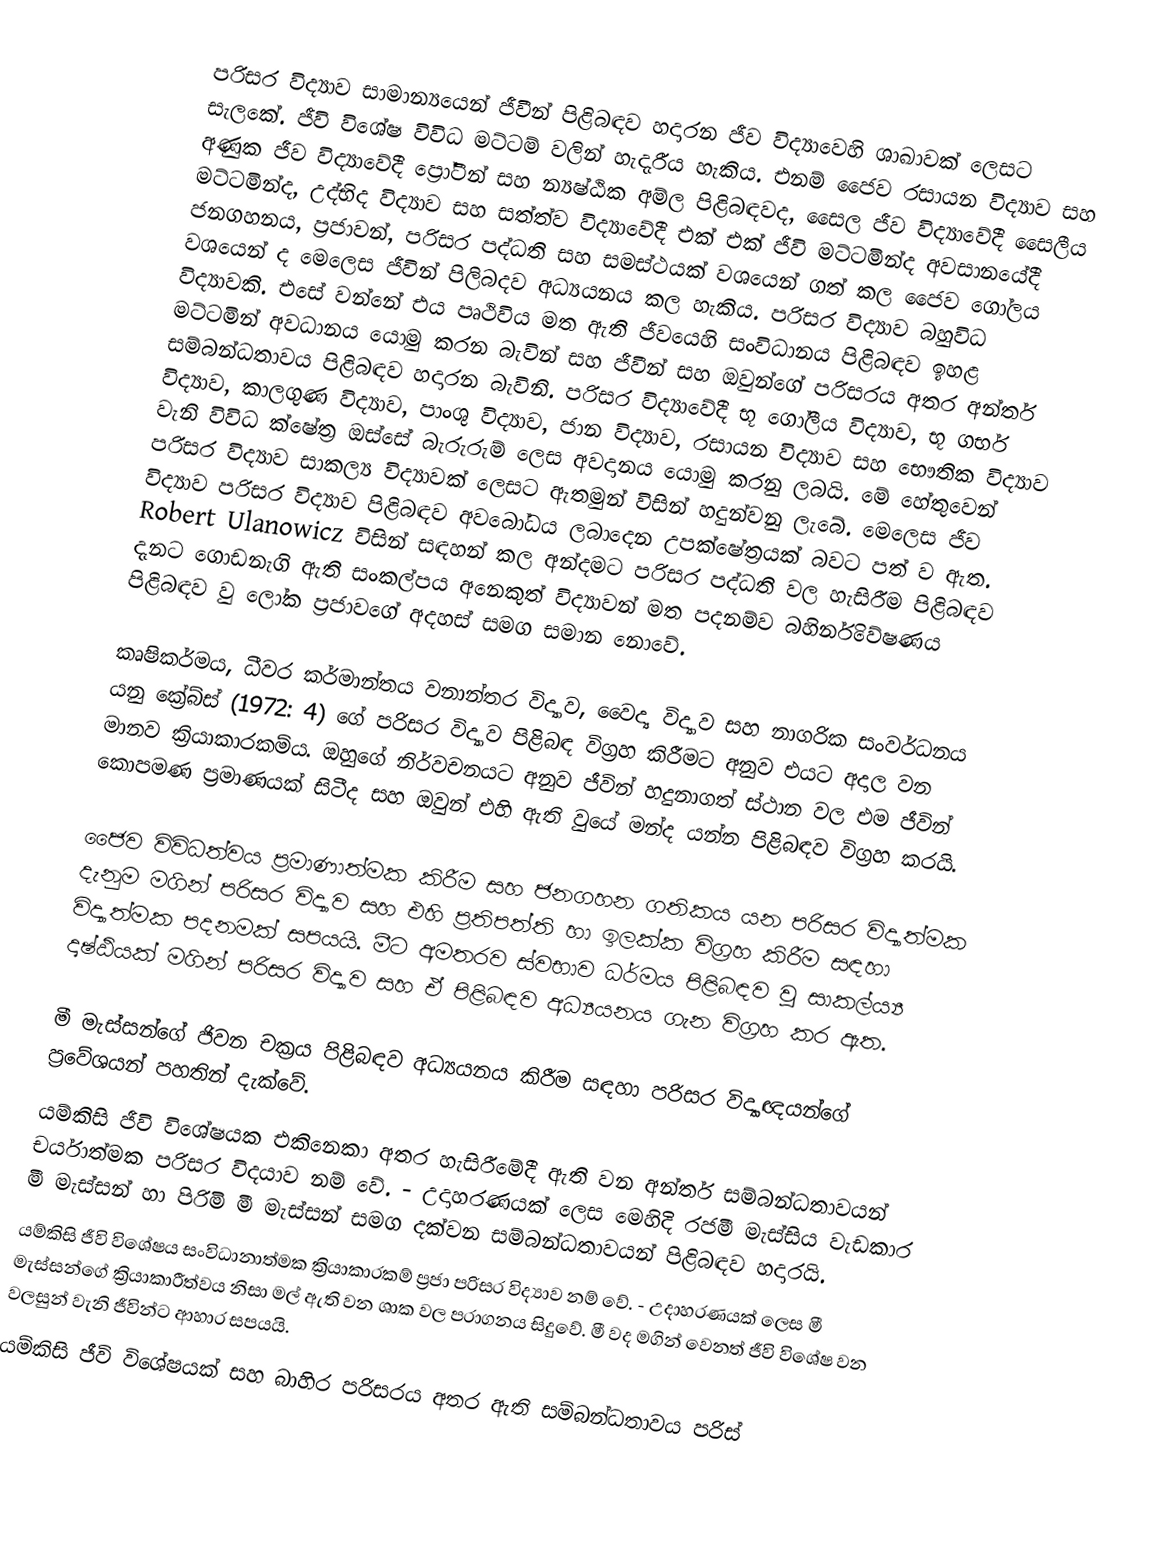
පරිසර විද්‍යාව සාමාන්‍යයෙන් ජීවීන් පිළිබඳව හදාරන ජීව විද්‍යාවෙහි ශාඛාවක් ලෙසට සැලකේ. ජීවි විශේෂ විවිධ මට්ටම් වලින් හැදැරීය හැකිය. එනම් ජෛව රසායන විද්‍යාව සහ අණුක ජීව විද්‍යාවේදී ප්‍රෝටීන් සහ න්‍යෂ්ඨික අම්ල පිළිබඳවද, සෛල ජීව විද්‍යාවේදී  සෛලීය මට්ටමින්ද, උද්භිද විද්‍යාව සහ සත්ත්ව විද්‍යාවේදී එක් එක් ජීවි මට්ටමින්ද අවසානයේදී ජනගහනය, ප්‍රජාවන්, පරිසර පද්ධති සහ සමස්ථයක් වශයෙන් ගත් කල ජෛව ගෝලය වශයෙන් ද මෙලෙස ජීවින් පිලිබදව අධ්‍යයනය කල හැකිය. පරිසර විද්‍යාව බහුවිධ විද්‍යාවකි. එසේ වන්නේ එය පෘථිවිය මත ඇති ජීවයෙහි සංවිධානය පිළිබඳව ඉහළ මට්ටමින් අවධානය යොමු කරන බැවින් සහ ජීවීන් සහ ඔවුන්ගේ පරිසරය අතර අන්තර් සම්බන්ධතාවය පිළිබඳව හදාරන බැවිනි. පරිසර විද්‍යාවේදී භූ ගෝලීය විද්‍යාව, භූ ගර්භ විද්‍යාව, කාලගුණ විද්‍යාව, පාංශු විද්‍යාව, ජාන විද්‍යාව, රසායන විද්‍යාව සහ භෞතික විද්‍යාව වැනි විවිධ ක්ෂේත්‍ර ඔස්සේ බැරුරුම් ලෙස අවදානය යොමු කරනු ලබයි. මේ හේතුවෙන් පරිසර විද්‍යාව සාකල්‍ය විද්‍යාවක් ලෙසට ඇතමුන් විසින් හදුන්වනු ලැබේ. මෙලෙස ජීව විද්‍යාව පරිසර විද්‍යාව පිළිබඳව අවබෝධය ලබාදෙන උපක්ෂේත්‍රයක් බවට පත් ව ඇත. Robert Ulanowicz විසින් සඳහන් කල අන්දමට පරිසර පද්ධති වල හැසිරීම පිළිබඳව දැනට ගොඩනැගි ඇති සංකල්පය අනෙකුත් විද්‍යාවන් මත පදනම්ව බහිර්නිවේෂණය පිළිබඳව වු ලෝක ප්‍රජාවගේ අදහස් සමග සමාන නොවේ.

කෘෂිකර්මය, ධීවර කර්මාන්තය වනාන්තර විද්‍යාව, වෛද්‍ය විද්‍යාව සහ නාගරික සංවර්ධනය යනු ක්‍රේබ්ස් (1972: 4) ගේ පරිසර විද්‍යාව පිළිබඳ  විග්‍රහ කිරීමට අනුව එයට අදාල වන මානව ක්‍රියාකාරකම්ය. ඔහුගේ නිර්වචනයට අනුව ජීවින් හදුනාගත් ස්ථාන වල එම ජීවින් කොපමණ ප්‍රමාණයක් සිටීද සහ ඔවුන් එහි ඇති වුයේ මන්ද යන්න පිළිබඳව විග්‍රහ කරයි.

ජෛව විවිධත්වය ප්‍රමාණාත්මක කිරීම සහ ජනගහන ගතිකය යන පරිසර විද්‍යාත්මක දැනුම මගින් පරිසර විද්‍යාව සහ එහි ප්‍රතිපත්ති හා ඉලක්ක විග්‍රහ කිරීම සඳහා විද්‍යාත්මක පදනමක් සපයයි. මීට අමතරව ස්වභාව ධර්මය පිළිබඳව වු සාකල්ය්‍ය දෘෂ්ඨියක් මගින් පරිසර විද්‍යාව සහ ඒ පිළිබඳව අධ්‍යයනය ගැන විග්‍රහ කර ඇත.

මී මැස්සන්ගේ ජිවන චක්‍රය පිළිබඳව අධ්‍යයනය කිරීම සඳහා පරිසර විද්‍යාඥයන්ගේ ප්‍රවේශයන් පහතින් දැක්වේ.
	යම්කිසි ජීවි විශේෂයක එකිනෙකා අතර හැසිරීමේදී ඇති වන අන්තර් සම්බන්ධතාවයන් චර්යාත්මක පරිසර විදයාව නම් වේ. - උදාහරණයක් ලෙස මෙහිදි රජමී මැස්සිය  වැඩකාර මී මැස්සන් හා පිරිමි මී මැස්සන් සමග දක්වන සම්බන්ධතාවයන් පිළිබඳව හදාරයි.
	යම්කිසි ජීවි විශේෂය සංවිධානාත්මක ක්‍රියාකාරකම් ප්‍රජා පරිසර විද්‍යාව නම් වේ. - උදාහරණයක් ලෙස මී මැස්සන්ගේ ක්‍රියාකාරීත්වය නිසා මල් ඇති වන ශාක වල පරාගනය සිදුවේ. මී වද මගින් වෙනත් ජීවි විශේෂ වන වලසුන් වැනි ජීවින්ට ආහාර සපයයි.
	යම්කිසි ජීවි විශේෂයක් සහ බාහිර පරිසරය අතර ඇති සම්බන්ධතාවය පරිස්